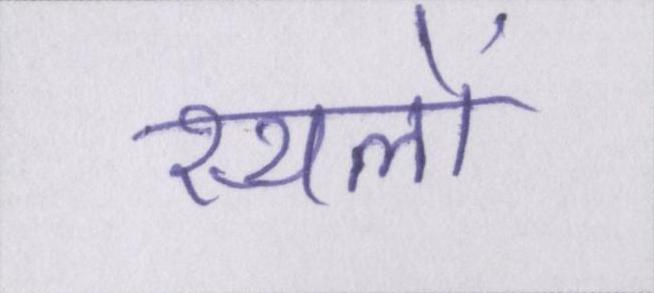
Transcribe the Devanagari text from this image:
स्थलों